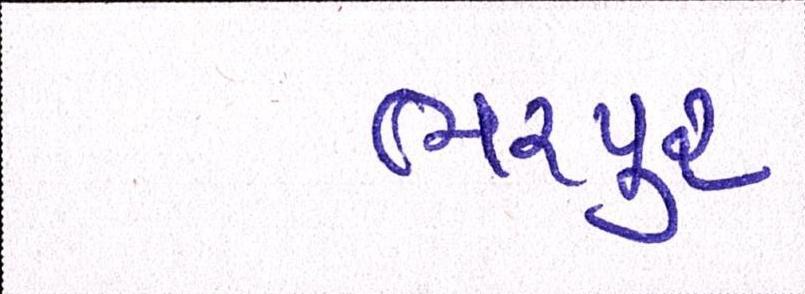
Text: ભરપુર